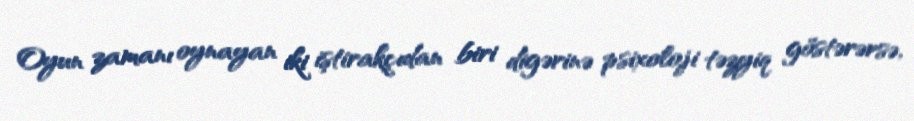
Oyun zamanı oynayan iki iştirakçıdan biri digərinə psixoloji təzyiq göstərərsə,